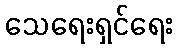
သေရေးရှင်ရေး